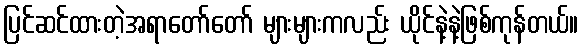
ပြင်ဆင်ထားတဲ့အရာတော်တော် များများကလည်း ယိုင်နဲ့နဲ့ဖြစ်ကုန်တယ်။